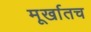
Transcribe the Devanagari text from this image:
मूर्खातच